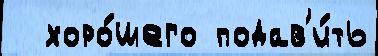
  хоро́шего подав'и́ть